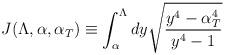
LaTeX: \begin{align*}J(\Lambda, \alpha, \alpha_T) \equiv \int_{\alpha}^{\Lambda} dy \sqrt{\frac{y^4 - \alpha_T^4}{y^4 - 1}}\end{align*}